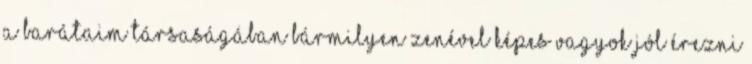
a barátaim társaságában bármilyen zenével képes vagyok jól érezni